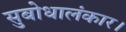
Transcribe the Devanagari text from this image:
सुबोधालंकार।